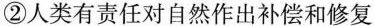
②人类有责任对自然作出补偿和修复